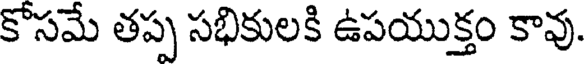
కోసమే తప్ప సభికులకి ఉపయుక్తం కావు.